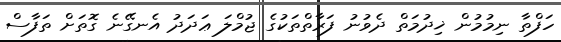
ހަފްތާ ނިމުމުން ޚިދުމަތް ދެވުނު ފަރާތްތަކުގެ ޖުމްލަ ޢަދަދު އެނގޭނެ ގޮތަށް ތަފާސް